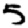
Digit: 5